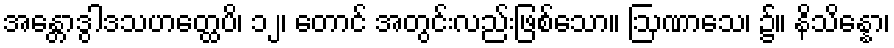
အန္တောဒွါဒသဟတ္ထေပိ၊ ၁၂၊ တောင် အတွင်းလည်းဖြစ်သော။ ဩဏာသေ၊ ၌။ နိသိန္နော၊